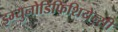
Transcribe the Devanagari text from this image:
इम्युनोडिफिशियेन्सी